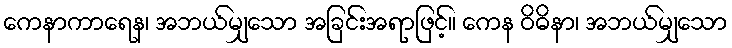
ကေနာကာရေန၊ အဘယ်မျှသော အခြင်းအရာဖြင့်။ ကေန ဝိဓိနာ၊ အဘယ်မျှသော